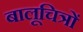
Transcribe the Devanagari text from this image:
बालूचित्रों